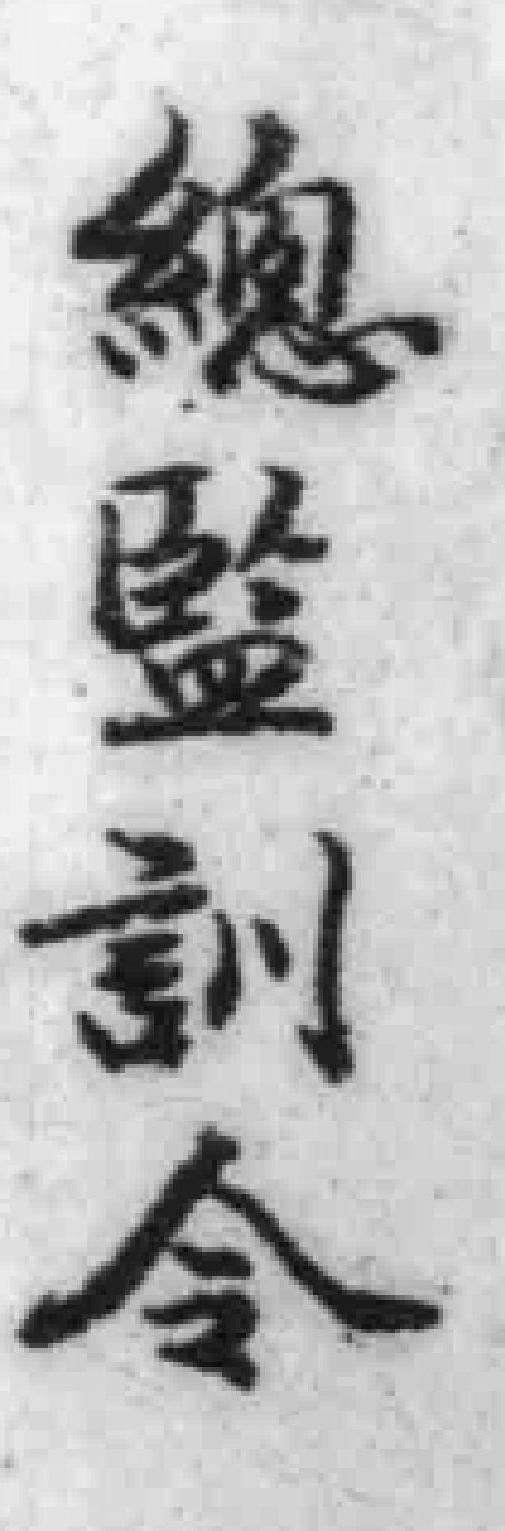
總監訓令